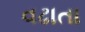
વઢાતા